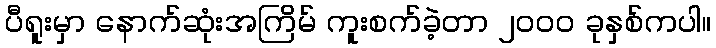
ပီရူးမှာ နောက်ဆုံးအကြိမ် ကူးစက်ခဲ့တာ ၂၀၀၀ ခုနှစ်ကပါ။